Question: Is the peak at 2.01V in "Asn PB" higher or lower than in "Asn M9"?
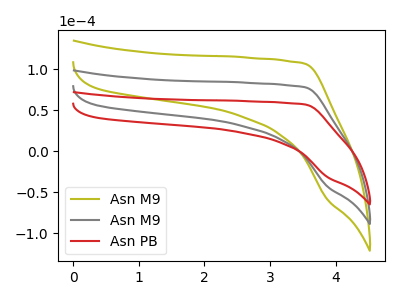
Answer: <think>The olive curve "Asn M9" has no peaks. The gray curve "Asn M9" has no peaks. The red curve "Asn PB" has no peaks.</think>
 <answer>"Asn PB" and "Asn M9" dont share a peak at 2.01V.</answer>
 <eval>mismatch</eval>